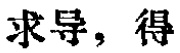
求导，得